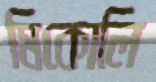
মিকোলি